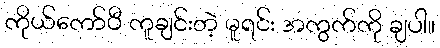
ကိုယ်ကော်ပီ ကူချင်းတဲ့ မူရင်း အကွက်ကို ချပါ။